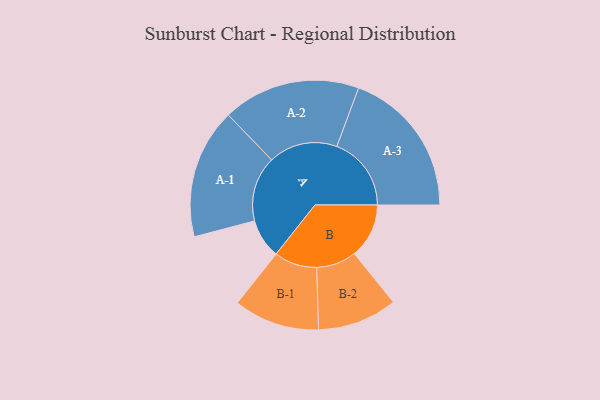
{"axis": {"x": "Segment", "y": "Value"}, "legend": ["", "A", "B"], "data": [{"x": "A", "y": 147, "type": ""}, {"x": "B", "y": 204, "type": ""}, {"x": "A-1", "y": 243, "type": "A"}, {"x": "A-2", "y": 257, "type": "A"}, {"x": "A-3", "y": 278, "type": "A"}, {"x": "B-1", "y": 160, "type": "B"}, {"x": "B-2", "y": 149, "type": "B"}]}